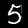
Label: 5